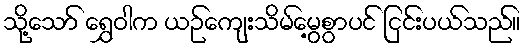
သို့သော် ရွှေဝါက ယဉ်ကျေးသိမ်မွေ့စွာပင် ငြင်းပယ်သည်။